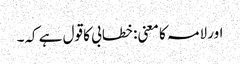
اور لامہ کا معنی: خطابی کا قول ہے کہ۔